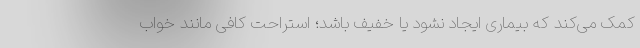
کمک می‌کند که بیماری ایجاد نشود یا خفیف باشد؛ استراحت کافی مانند خواب